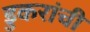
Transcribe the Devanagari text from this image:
डुकरांची